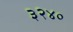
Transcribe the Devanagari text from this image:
३२४०